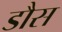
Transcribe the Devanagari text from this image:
डौस